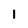
Character: 1